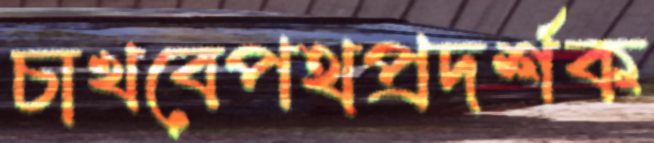
চাখবেপথপ্রদর্শক